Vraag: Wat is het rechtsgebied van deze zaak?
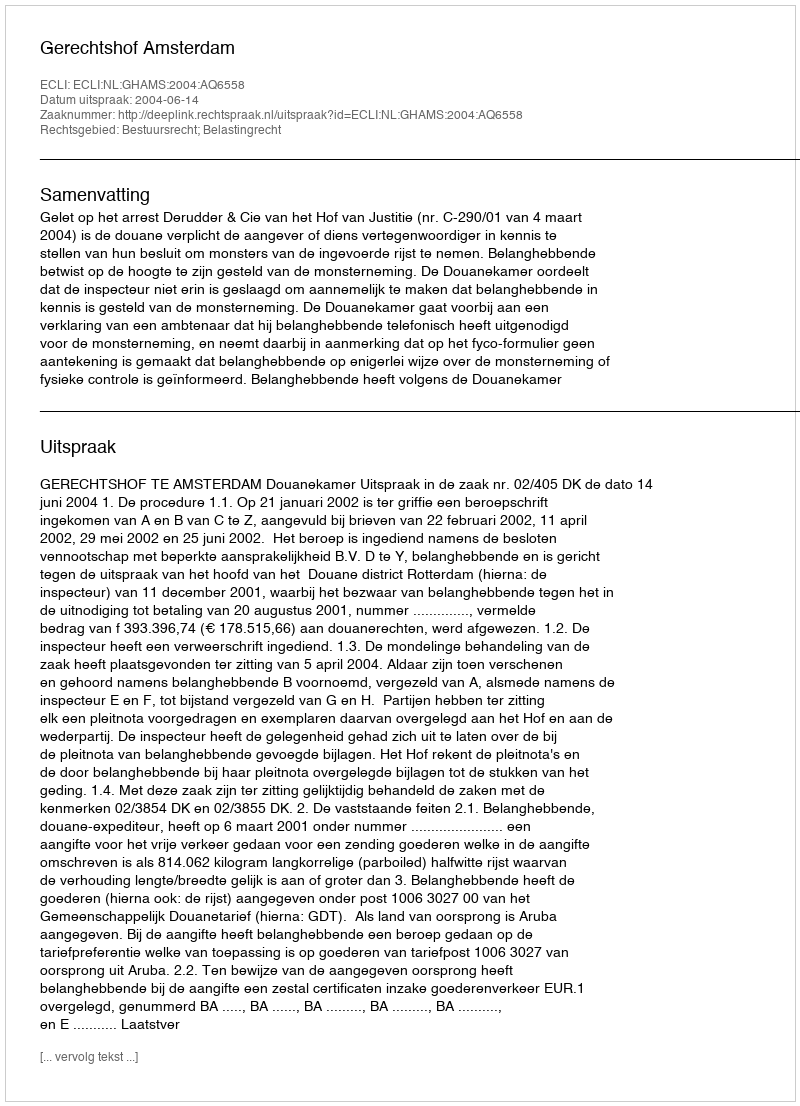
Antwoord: Bestuursrecht; Belastingrecht